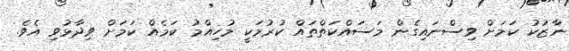
ނާޒުކު ކަމަށް ވިސްނައިގެން މަސައްކަތްތައް ކުރުމަކީ މުހިއްމު ކަމެއް ކަމަށް ވިދާޅުވި އެވެ.